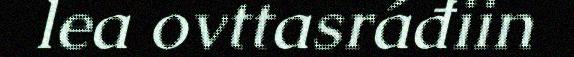
lea ovttasráđiin